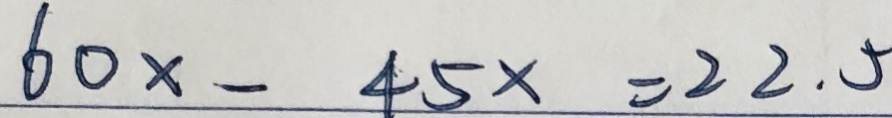
6 0 x - 4 5 x = 2 2 . 5